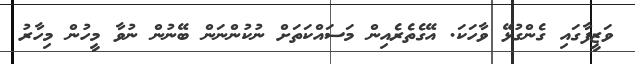
ވަޒީފާގައި ގެންގުޅޭ ވާހަކަ. އޭގެތެރެއިން މަސައްކަތަށް ނުކުންނަން ބޭނުން ނުވާ މީހުން މިހާރު